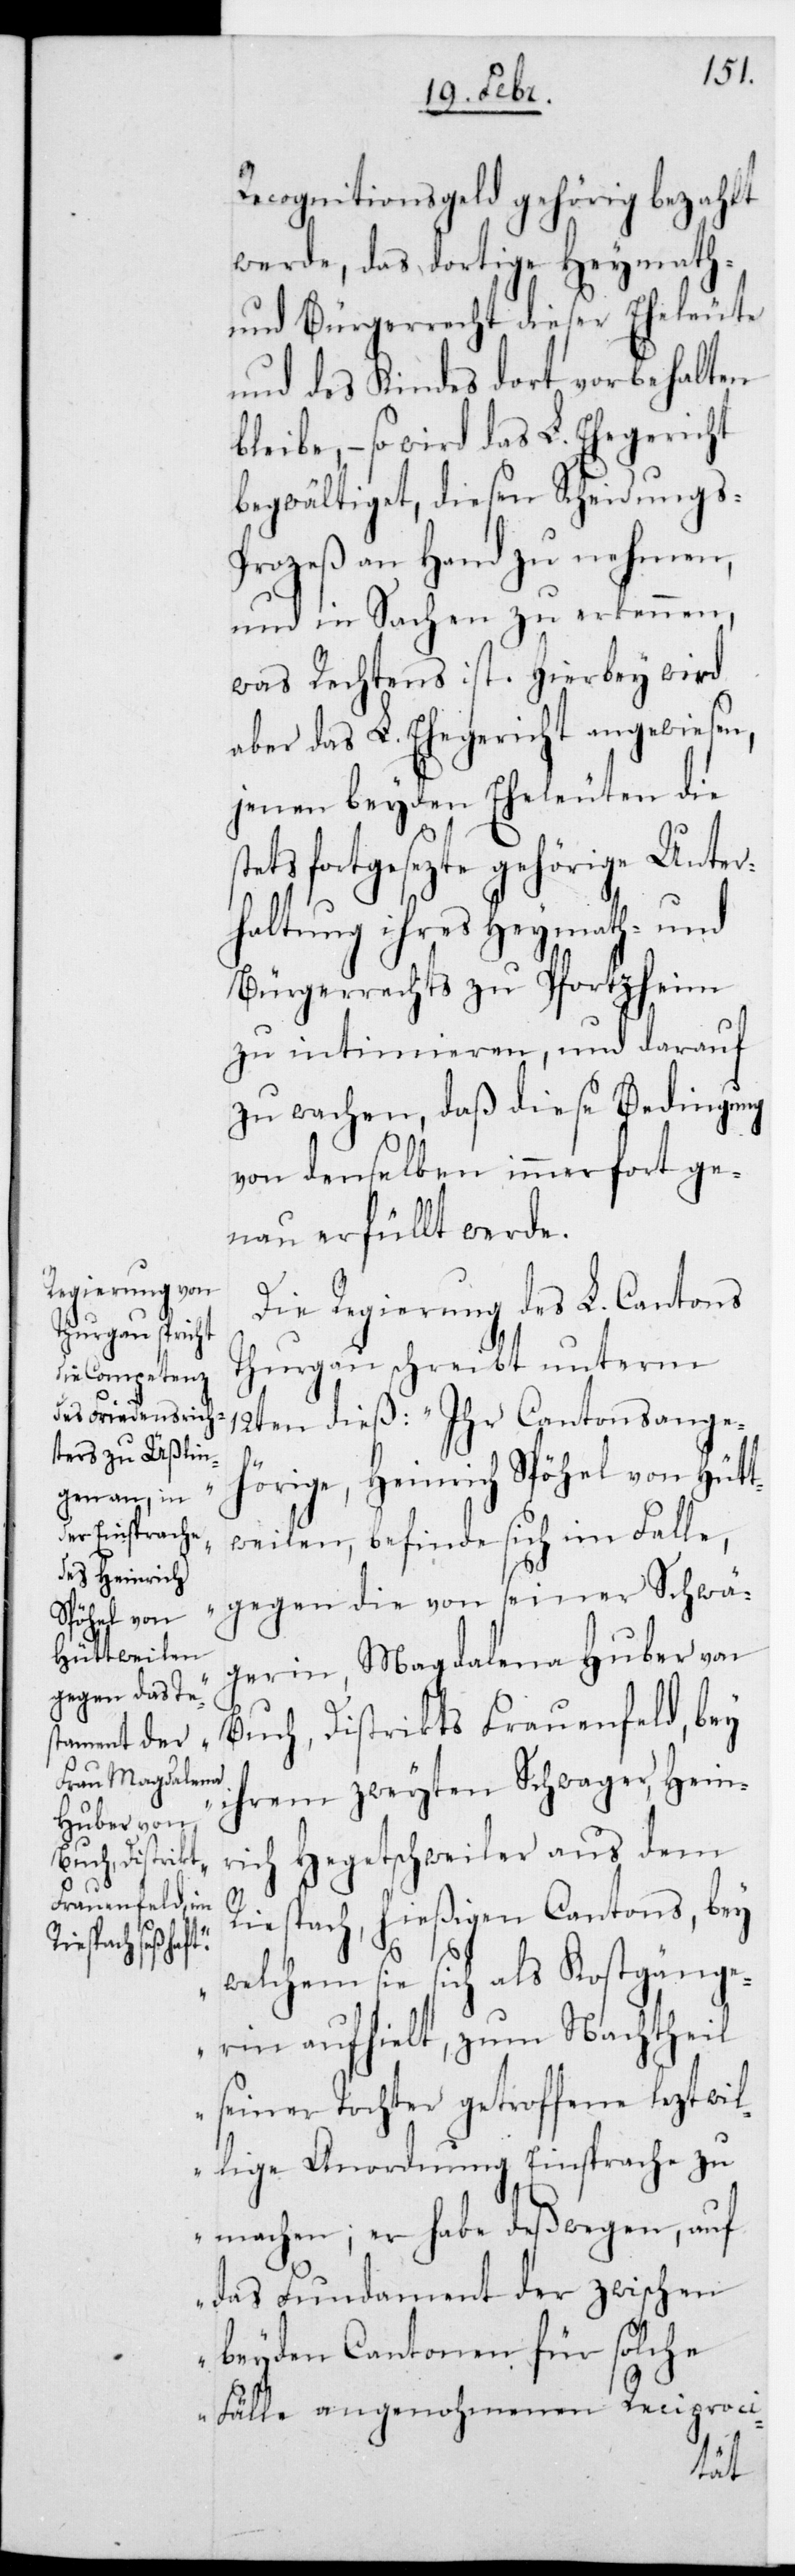
Recognitionsgeld gehörig bezahlt
werde, das dortige Heymath-
und Bürgerrecht dieser Eheleute
und des Kindes dort vorbehalten
bleibe, – so wird das L. Ehegericht
begwältiget, diesen Scheidungs¬
prozeß an Hand zu nehmen,
und in Sachen zu erkennen,
was Rechtens ist. Hierbey wird
aber das L. Ehegericht angewiesen,
jenen beyden Eheleuten die
stets fortgesezte gehörige Unter¬
haltung ihres Heymath- und
Bürgerrechts zu Pfortzheim
zu intimieren, und darauf
zu wachen, daß diese Bedingung
von denselben immerfort ge¬
nau erfüllt werde.
Die Regierung des L. Cantons
Thurgau schreibt unterm
12ten dieß: „Ihr Cantonsange¬
hörige, Heinrich Spöhel von Hütt¬
weilen, befinde sich im Falle,
gegen die von seiner Schwä¬
gerin, Magdalena Huber von
Buch, Distrikts Frauenfeld, bey
ihrem zweyten Schwager, Hein¬
rich Hege[n]tschweiler aus dem
Riesbach, hießigen Cantons, bey
welchem sie sich als Kostgänge¬
rin aufhielt, zum Nachtheil
seiner Tochter getroffene leztwil¬
lige Anordnung Einsprache zu
machen; er habe deßwegen, auf
das Fundament der zwischen
beyden Cantonen für solche
Fälle angenohmenen Reciproci-